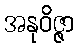
အနုဝိဇ္ဇာ